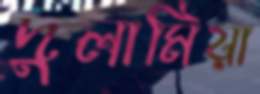
দুলামিয়া